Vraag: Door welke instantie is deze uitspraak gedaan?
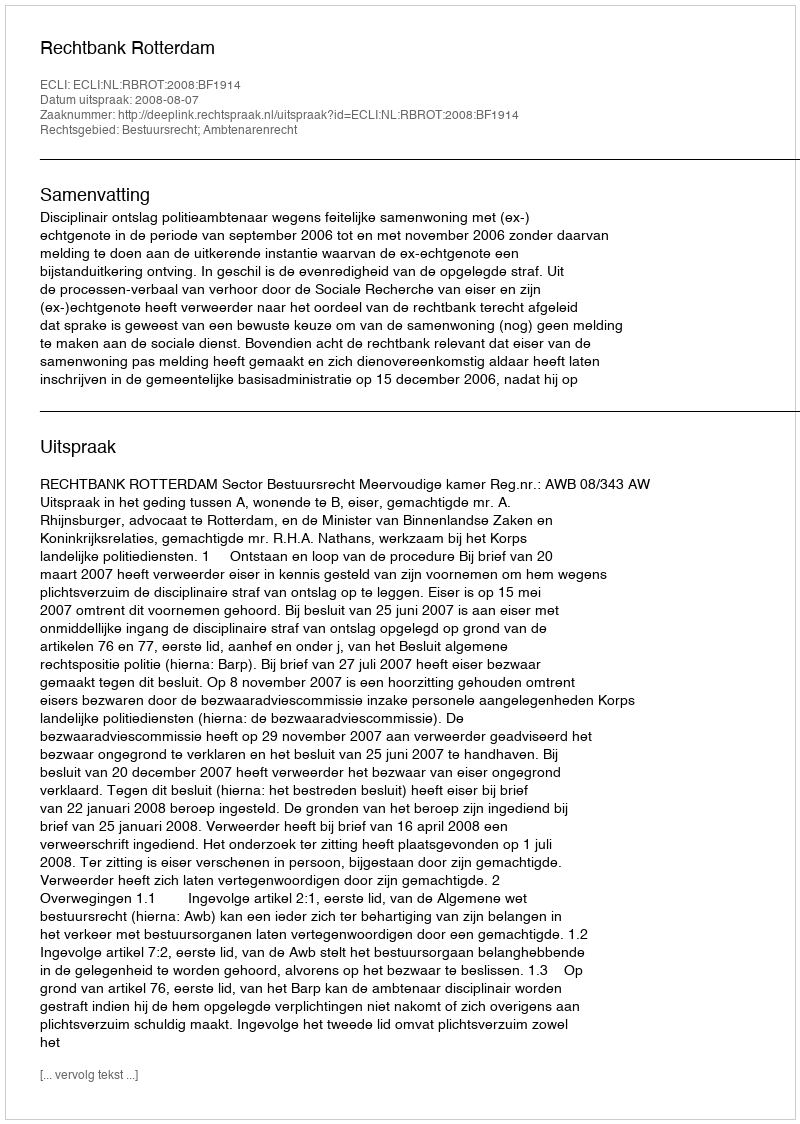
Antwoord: Rechtbank Rotterdam